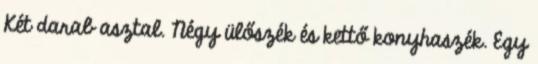
Két darab asztal. Négy ülőszék és kettő konyhaszék. Egy